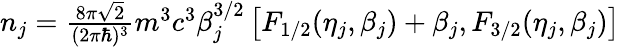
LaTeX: \begin{array}{r}{n_{j}=\frac{8\pi\sqrt 2}{(2\pi\hbar)^{3}}m^{3}c^{3}\beta_{j}^{3/2}\left[F_{1/2}(\eta_{j},\beta_{j})+\beta_{j},F_{3/2}(\eta_{j},\beta_{j})\right]}\end{array}